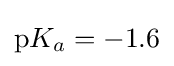
\mathrm {p} K_{a}=-1.6